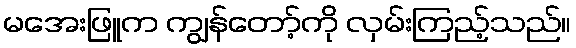
မအေးဖြူက ကျွန်တော့်ကို လှမ်းကြည့်သည်။